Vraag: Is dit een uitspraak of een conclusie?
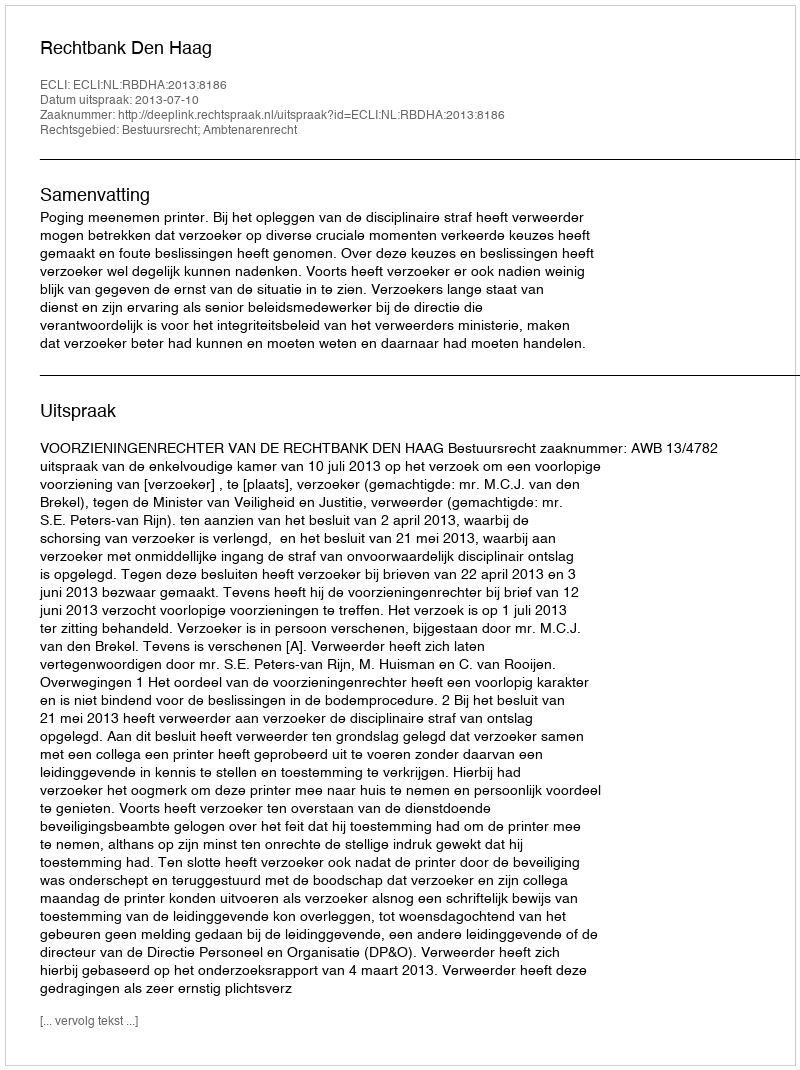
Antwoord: Uitspraak